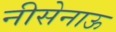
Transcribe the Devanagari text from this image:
नीसेनाऊ